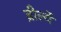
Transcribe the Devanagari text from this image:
ब्रीर्ल्ये